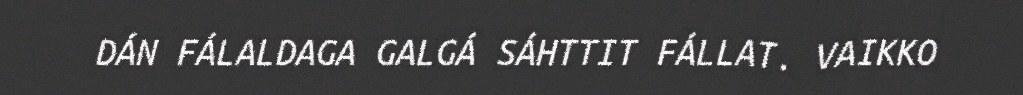
DÁN FÁLALDAGA GALGÁ SÁHTTIT FÁLLAT. VAIKKO